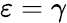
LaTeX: \varepsilon=\gamma